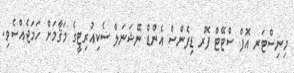
މިނިސްޓަރ އޮފް ސްޓޭޓް ފޮރ ޑިފެންސް އެންޑް ނޭޝަނަލް ސެކިއުރިޓީގެ މަޤާމަށް ހަމަޖެއްސެވި.